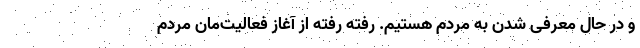
و در حال معرفی شدن به مردم هستیم. رفته رفته از آغاز فعالیت‌مان مردم